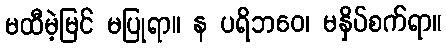
မထီမဲ့မြင် မပြုရာ။ န ပရိဘဝေ၊ မနှိပ်စက်ရာ။